Report of the Indian Hemp Drugs Commission, 1894-1895 - Volume VI
Year: 1894
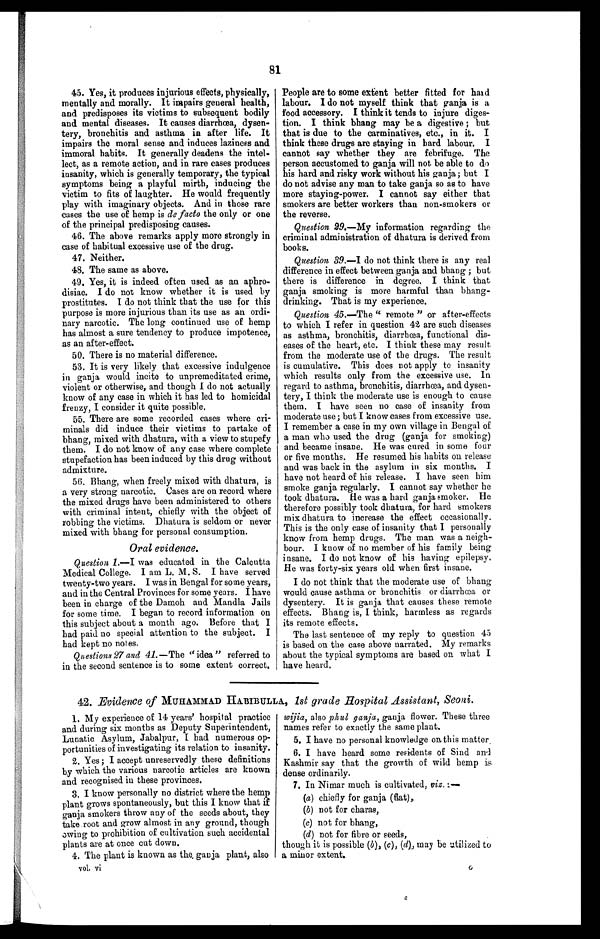
81
45. Yes, it produces injurious effects, physically,
mentally and morally. It impairs general health,
and predisposes its victims to subsequent bodily
and mental diseases. It causes diarrhœa, dysen-
tery, bronchitis and asthma in after life. It
impairs the moral sense and induces laziness and
immoral habits. It generally deadens the intel-
lect, as a remote action, and in rare cases produces
insanity, which is generally temporary, the typical
symptoms being a playful mirth, inducing the
victim to fits of laughter. He would frequently
play with imaginary objects. And in those rare
cases the use of hemp is de facto the only or one
of the principal predisposing causes.
46. The above remarks apply more strongly in
case of habitual excessive use of the drug.
47. Neither.
48. The same as above.
49. Yes, it is indeed often used as an aphro-
disiac. I do not know whether it is used by
prostitutes. I do not think that the use for this
purpose is more injurious than its use as an ordi-
nary narcotic. The long continued use of hemp
has almost a sure tendency to produce impotence,
as an after-effect.
50. There is no material difference.
53. It is very likely that excessive indulgence
in ganja would incite to unpremeditated crime,
violent or otherwise, and though I do not actually
know of any case in which it has led to homicidal
frenzy, I consider it quite possible.
55. There are some recorded cases where cri-
minals did induce their victims to partake of
bhang, mixed with dhatura, with a view to stupefy
them. I do not know of any case where complete
stupefaction has been induced by this drug without
admixture.
56. Bhang, when freely mixed with dhatura, is
a very strong narcotic. Cases are on record where
the mixed drugs have been administered to others
with criminal intent, chiefly with the object of
robbing the victims. Dhatura is seldom or never
mixed with bhang for personal consumption.
Oral evidence.
Question 1.—I was educated in the Calcutta
Medical College. I am L. M. S. I have served
twenty-two years. I was in Bengal for some years,
and in the Central Provinces for some years. I have
been in charge of the Damoh and Mandla Jails
for some time. I began to record information on
this subject about a mouth ago. Before that I
had paid no special attention to the subject. I
had kept no notes.
Questions 27 and 41.—The " idea " referred to
in the second sentence is to some extent correct.
People are to some extent better fitted for hard
labour. I do not myself think that ganja is a
food accessory. I think it tends to injure diges-
tion. I think bhang may be a digestive ; but
that is due to the carminatives, etc., in it. I
think these drugs are staying in hard labour. I
cannot say whether they are febrifuge. The
person accustomed to ganja will not be able to do
his hard and risky work without his ganja ; but I
do not advise any man to take ganja so as to have
more staying-power. I cannot say either that
smokers are better workers than non-smokers or
the reverse.
Question 29.—My information regarding the
criminal administration of dhatura is derived from
books.
Question 39.
—
I do not think there is any real
difference in effect between ganja and bhang ; but
there is difference in degree. I think that
ganja smoking is more harmful than bhang-
drinking. That is my experience.
Question 45 .—The " remote " or after-effects
to which I refer in question 42 are such diseases
as asthma, bronchitis, diarrhœa, functional dis-
eases of the heart, etc. I think these may result
from the moderate use of the drugs. The result
is cumulative. This does not apply to insanity
which results only from the excessive use. In
regard to asthma, bronchitis, diarrhœa, and dysen-
tery, I think the moderate use is enough to cause
them. I have seen no case of insanity from
moderate use ; but I know cases from excessive use.
I remember a case in my own village in Bengal of
a man who used the drug (ganja for smoking)
and became insane. He was cured in some four
or five months. He resumed his habits on release
and was back in the asylum in six months. I
have not heard of his release. I have seen him
smoke ganja regularly. I cannot say whether he
took dhatura. He was a hard ganja smoker. He
therefore possibly took dhatura, for hard smokers
mix dhatura to increase the effect occasionally.
This is the only case of insanity that I personally
know from hemp drugs. The man was a neigh-
bour. I know of no member of his family being
insane. I do not know of his having epilepsy.
He was forty-six years old when first insane.
I do not think that the moderate use of bhang
would cause asthma or bronchitis or diarrhœa or
dysentery. It is ganja that causes these remote
effects. Bhang is, I think, harmless as regards
its remote effects.
The last sentence of my reply to question 45
is based on the case above narrated. My remarks
about the typical symptoms are based on what I
have heard.
42. Evidence of MUHAMMAD HABIBULLA, 1st grade Hospital Assistant, Seoni.
1. My experience of 14 years' hospital practice
and during six months as Deputy Superintendent,
Lunatic Asylum, Jabalpur, I had numerous op-
portunities of investigating its relation to insanity.
2. Yes ; I accept unreservedly these definitions
by which the various narcotic articles are known
and recognised in these provinces.
3. I know personally no district where the hemp
plant grows spontaneously, but this I know that if
ganja smokers throw any of the seeds about, they
take root and grow almost in any ground, though
owing to prohibition of cultivation such accidental
plants are at once cut down.
4. The plant is known as the ganja plant, also
wijia, also phul ganja, ganja flower. These three
names refer to exactly the same plant.
5. I have no personal knowledge on this matter.
6. I have heard some residents of Sind and
Kashmir say that the growth of wild hemp is
dense ordinarily.
7. In Nimar much is cultivated,
v i z
. : —
(a) chiefly for ganja (flat),
(b) not for charas,
(c) not for bhang,
(d) not for fibre or seeds,
though it is possible ( b), (c), (d), may be utilized to
a minor extent.